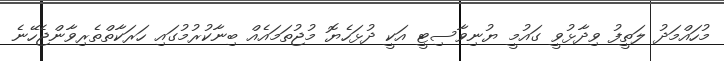
މުހައްމަދު ލަތީފު ވިދާޅުވީ ގަައުމީ ޔުނިވާސިޓީ އަކީ ދުޅަހެޔޮ މުޖުތަމައެއް ބިނާކުރުމުގައި ހަރަކާތްތެރިވާންޖެހޭނެ